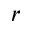
\boldsymbol { r }